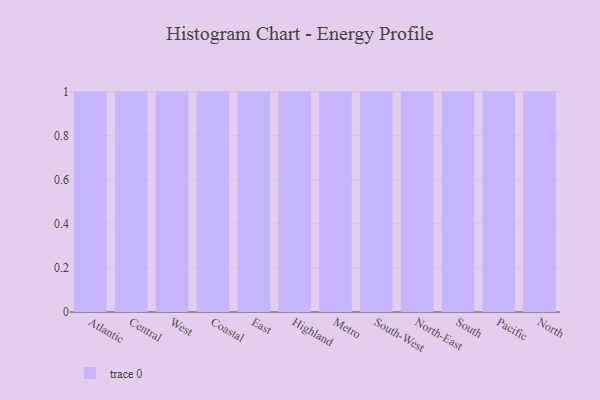
{"axis": {"x": "Region", "y": "Active Users"}, "legend": [""], "data": [{"x": "Atlantic", "y": 91, "type": ""}, {"x": "Central", "y": 98, "type": ""}, {"x": "West", "y": 16, "type": ""}, {"x": "Coastal", "y": 53, "type": ""}, {"x": "East", "y": 45, "type": ""}, {"x": "Highland", "y": 2, "type": ""}, {"x": "Metro", "y": 53, "type": ""}, {"x": "South-West", "y": 12, "type": ""}, {"x": "North-East", "y": 72, "type": ""}, {"x": "South", "y": 64, "type": ""}, {"x": "Pacific", "y": 2, "type": ""}, {"x": "North", "y": 57, "type": ""}]}